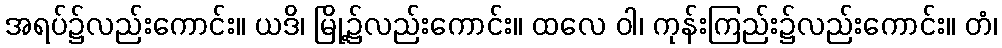
အရပ်၌လည်းကောင်း။ ယဒိ၊ မြို့၌လည်းကောင်း။ ထလေ ဝါ၊ ကုန်းကြည်း၌လည်းကောင်း။ တံ၊